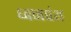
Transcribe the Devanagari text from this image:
ध्वजपंथ